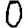
Digit: 0